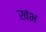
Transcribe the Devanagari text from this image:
खंभ